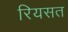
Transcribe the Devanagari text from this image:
रियसत